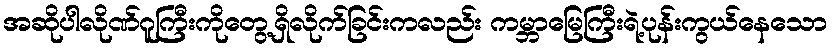
အဆိုပါလိုဏ်ဂူကြီးကိုတွေ့ရှိလိုက်ခြင်းကလည်း ကမ္ဘာမြေကြီးရဲ့ပုန်းကွယ်နေသော